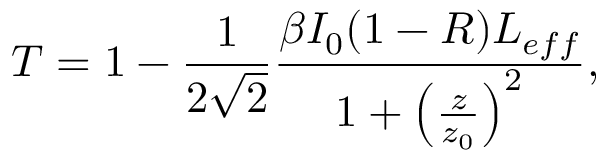
T = 1 - \frac { 1 } { 2 \sqrt { 2 } } \frac { \beta I _ { 0 } ( 1 - R ) L _ { e f f } } { 1 + \left( \frac { z } { z _ { 0 } } \right) ^ { 2 } } ,